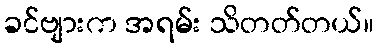
ခင်ဗျားက အရမ်း သိတတ်တယ်။